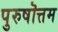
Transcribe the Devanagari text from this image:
पुरुषॊत्तम